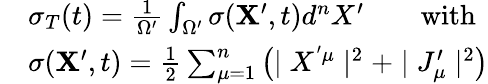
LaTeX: \begin{array}{rl}&{\sigma_{T}(t)=\frac{1}{{\Omega}^{\prime}}\int_{\Omega^{\prime}}\sigma({\mathbf X}^{\prime},t)d^{n}X^{\prime}\qquad\mathrm{with}}\\ &{\sigma({\mathbf X}^{\prime},t)=\frac{1}{2}\sum_{\mu=1}^{n}\left(\mid X^{'\mu}\mid^{2}+\mid J_{\mu}^{\prime}\mid^{2}\right)}\end{array}